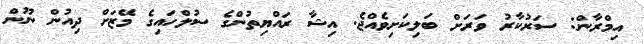
އިމްރާން: ސަރުކާރު ވަރަށް ބަލިކަށިވެއްޖެ. އިޝާ ރައްޔިތުންގެ ސުލްހައިގެ މޭޒަށް ދިއުން ނޫން